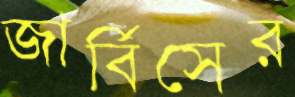
জার্বিসের